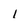
Character: I